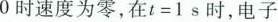
0时速度为零，在$$t = 1$$s时，电子